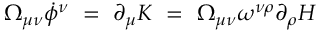
\Omega _ { \mu \nu } \dot { \phi } ^ { \nu } ~ = ~ \partial _ { \mu } K ~ = ~ \Omega _ { \mu \nu } \omega ^ { \nu \rho } \partial _ { \rho } H